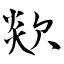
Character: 欻